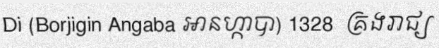
Di (Borjigin Angaba អានហ្កាបា) 1328  គ្រងរាជ្យ